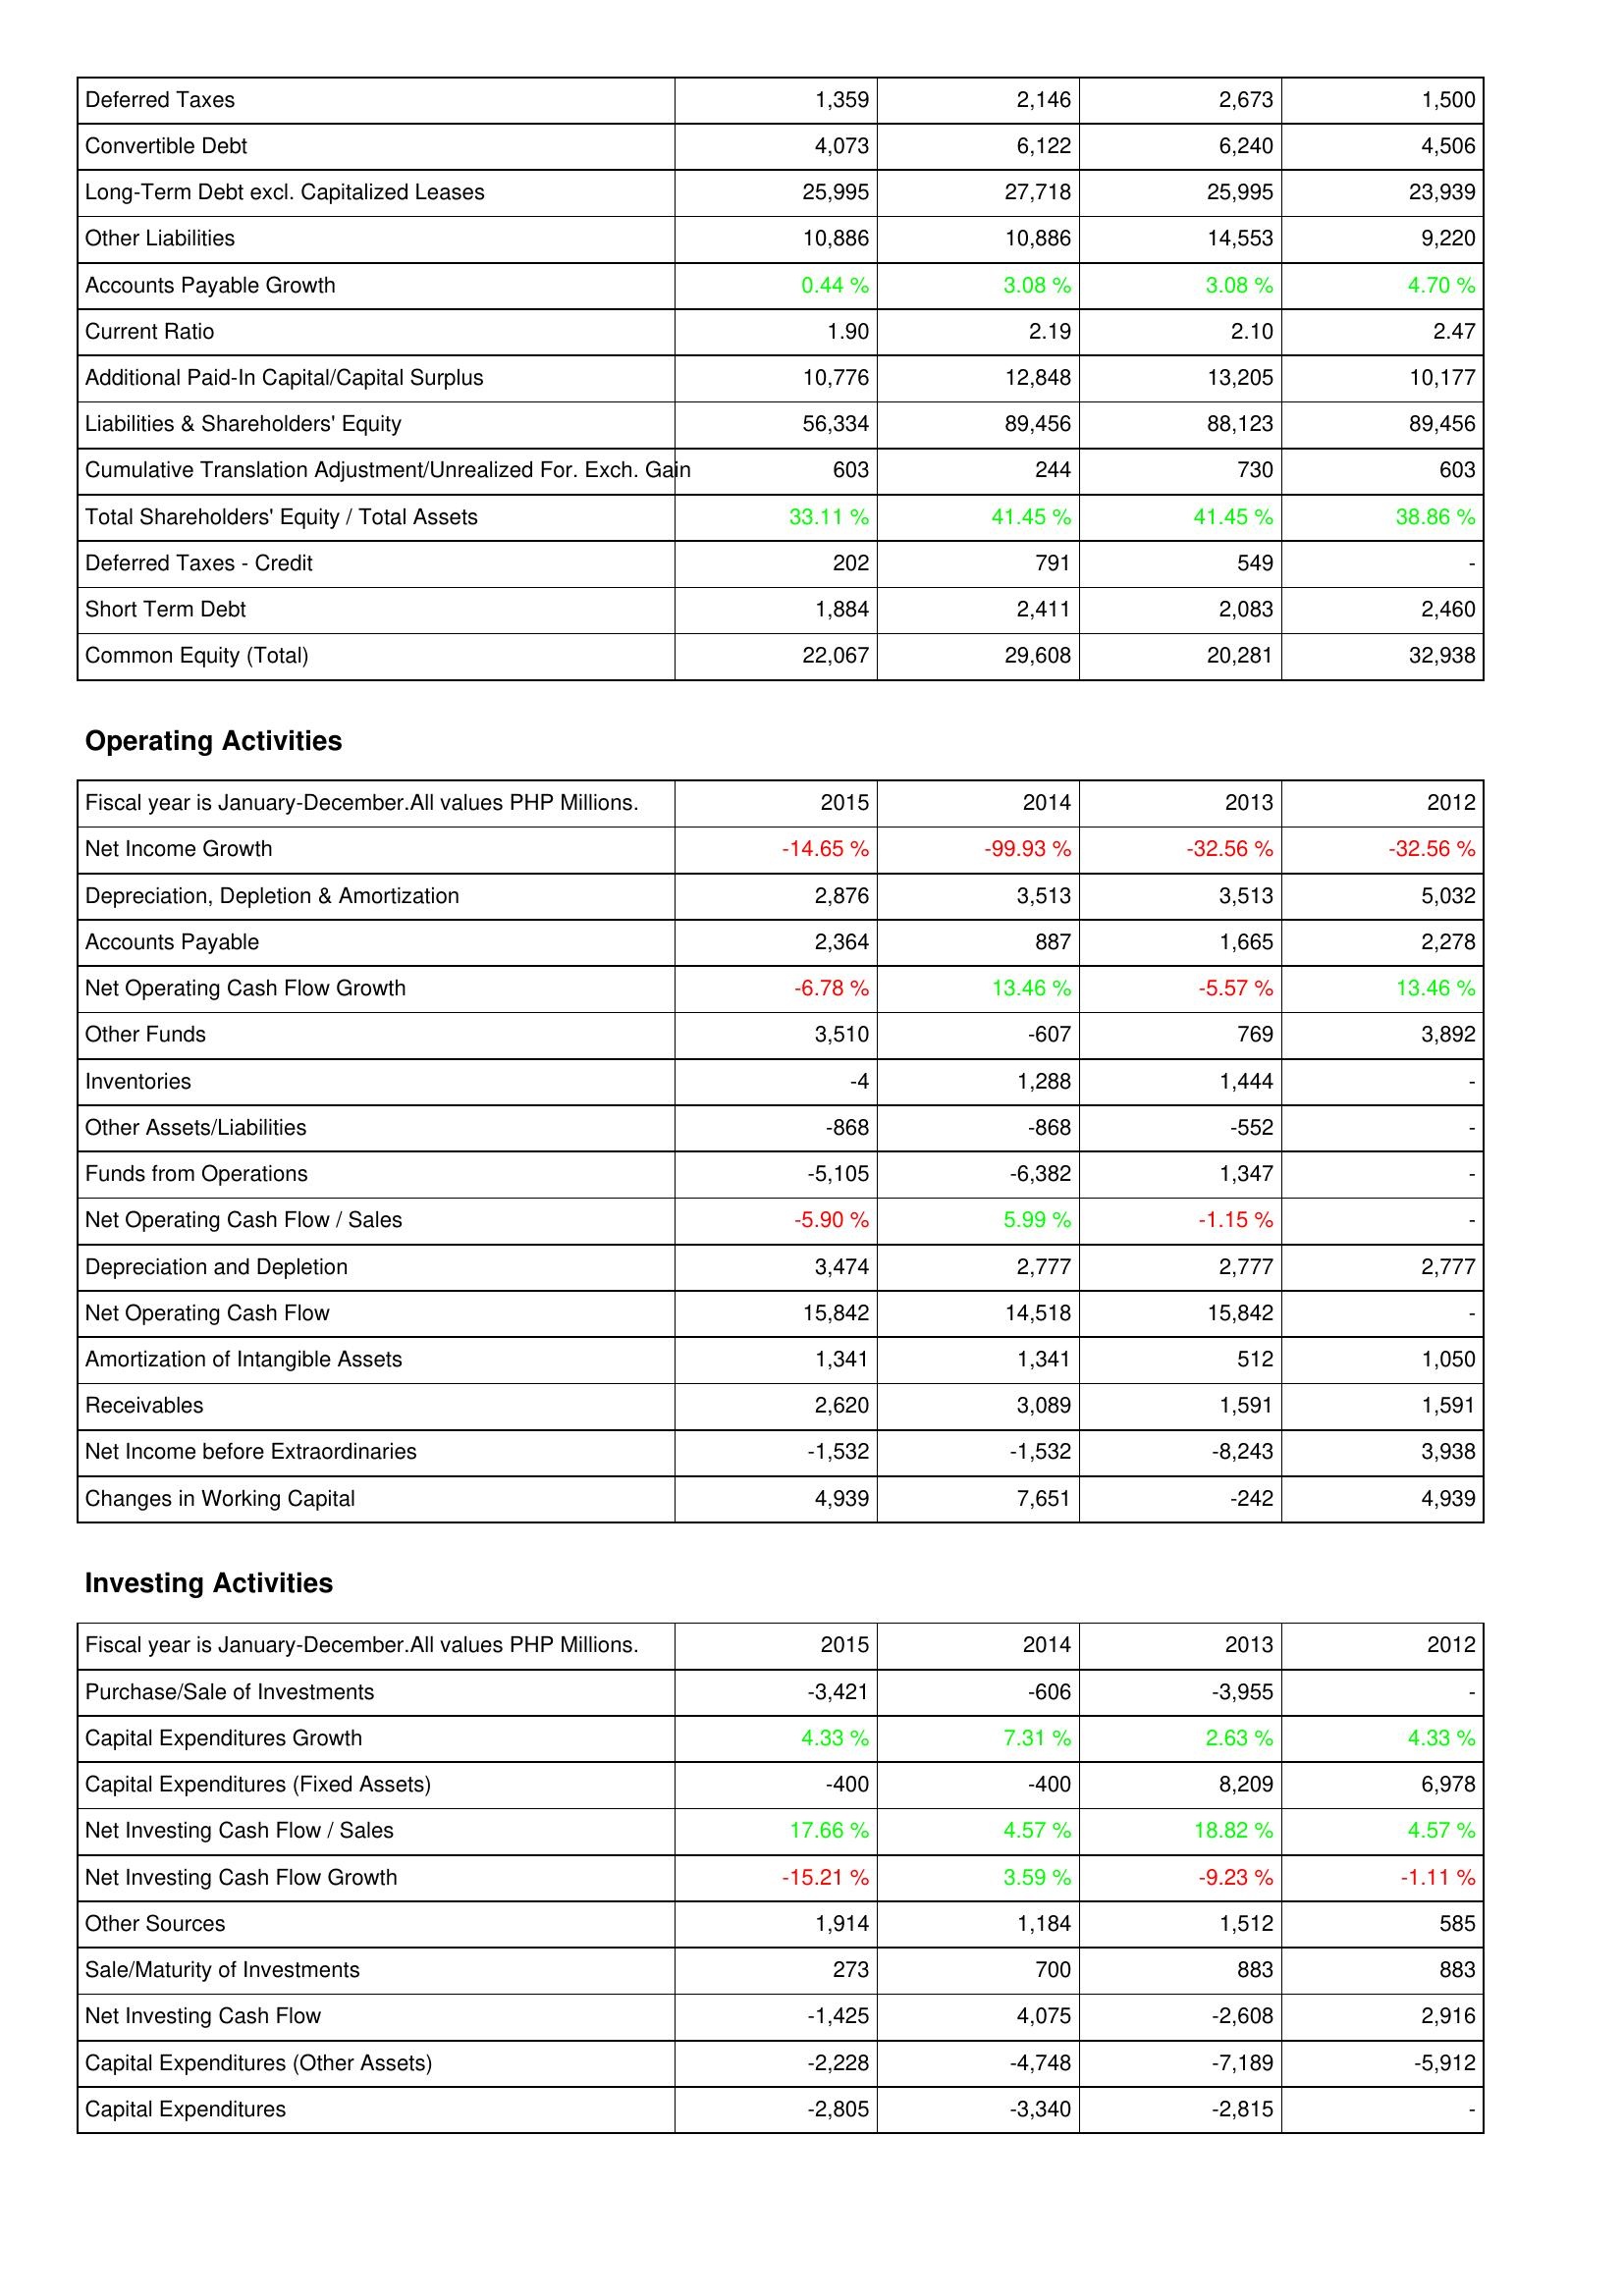
2015: Liabilities & Shareholders' Equity: Deferred Taxes: 1,359
Convertible Debt: 4,073
Long-Term Debt excl. Capitalized Leases: 25,995
Other Liabilities: 10,886
Accounts Payable Growth: 0.44 %
Current Ratio: 1.90
Additional Paid-In Capital/Capital Surplus: 10,776
Liabilities & Shareholders' Equity: 56,334
Cumulative Translation Adjustment/Unrealized For. Exch. Gain: 603
Total Shareholders' Equity / Total Assets: 33.11 %
Deferred Taxes - Credit: 202
Short Term Debt: 1,884
Common Equity (Total): 22,067
Operating Activities: Net Income Growth: -14.65 %
Depreciation, Depletion & Amortization: 2,876
Accounts Payable: 2,364
Net Operating Cash Flow Growth: -6.78 %
Other Funds: 3,510
Inventories: -4
Other Assets/Liabilities: -868
Funds from Operations: -5,105
Net Operating Cash Flow / Sales: -5.90 %
Depreciation and Depletion: 3,474
Net Operating Cash Flow: 15,842
Amortization of Intangible Assets: 1,341
Receivables: 2,620
Net Income before Extraordinaries: -1,532
Changes in Working Capital: 4,939
Investing Activities: Purchase/Sale of Investments: -3,421
Capital Expenditures Growth: 4.33 %
Capital Expenditures (Fixed Assets): -400
Net Investing Cash Flow / Sales: 17.66 %
Net Investing Cash Flow Growth: -15.21 %
Other Sources: 1,914
Sale/Maturity of Investments: 273
Net Investing Cash Flow: -1,425
Capital Expenditures (Other Assets): -2,228
Capital Expenditures: -2,805
2014: Liabilities & Shareholders' Equity: Deferred Taxes: 2,146
Convertible Debt: 6,122
Long-Term Debt excl. Capitalized Leases: 27,718
Other Liabilities: 10,886
Accounts Payable Growth: 3.08 %
Current Ratio: 2.19
Additional Paid-In Capital/Capital Surplus: 12,848
Liabilities & Shareholders' Equity: 89,456
Cumulative Translation Adjustment/Unrealized For. Exch. Gain: 244
Total Shareholders' Equity / Total Assets: 41.45 %
Deferred Taxes - Credit: 791
Short Term Debt: 2,411
Common Equity (Total): 29,608
Operating Activities: Net Income Growth: -99.93 %
Depreciation, Depletion & Amortization: 3,513
Accounts Payable: 887
Net Operating Cash Flow Growth: 13.46 %
Other Funds: -607
Inventories: 1,288
Other Assets/Liabilities: -868
Funds from Operations: -6,382
Net Operating Cash Flow / Sales: 5.99 %
Depreciation and Depletion: 2,777
Net Operating Cash Flow: 14,518
Amortization of Intangible Assets: 1,341
Receivables: 3,089
Net Income before Extraordinaries: -1,532
Changes in Working Capital: 7,651
Investing Activities: Purchase/Sale of Investments: -606
Capital Expenditures Growth: 7.31 %
Capital Expenditures (Fixed Assets): -400
Net Investing Cash Flow / Sales: 4.57 %
Net Investing Cash Flow Growth: 3.59 %
Other Sources: 1,184
Sale/Maturity of Investments: 700
Net Investing Cash Flow: 4,075
Capital Expenditures (Other Assets): -4,748
Capital Expenditures: -3,340
2013: Liabilities & Shareholders' Equity: Deferred Taxes: 2,673
Convertible Debt: 6,240
Long-Term Debt excl. Capitalized Leases: 25,995
Other Liabilities: 14,553
Accounts Payable Growth: 3.08 %
Current Ratio: 2.10
Additional Paid-In Capital/Capital Surplus: 13,205
Liabilities & Shareholders' Equity: 88,123
Cumulative Translation Adjustment/Unrealized For. Exch. Gain: 730
Total Shareholders' Equity / Total Assets: 41.45 %
Deferred Taxes - Credit: 549
Short Term Debt: 2,083
Common Equity (Total): 20,281
Operating Activities: Net Income Growth: -32.56 %
Depreciation, Depletion & Amortization: 3,513
Accounts Payable: 1,665
Net Operating Cash Flow Growth: -5.57 %
Other Funds: 769
Inventories: 1,444
Other Assets/Liabilities: -552
Funds from Operations: 1,347
Net Operating Cash Flow / Sales: -1.15 %
Depreciation and Depletion: 2,777
Net Operating Cash Flow: 15,842
Amortization of Intangible Assets: 512
Receivables: 1,591
Net Income before Extraordinaries: -8,243
Changes in Working Capital: -242
Investing Activities: Purchase/Sale of Investments: -3,955
Capital Expenditures Growth: 2.63 %
Capital Expenditures (Fixed Assets): 8,209
Net Investing Cash Flow / Sales: 18.82 %
Net Investing Cash Flow Growth: -9.23 %
Other Sources: 1,512
Sale/Maturity of Investments: 883
Net Investing Cash Flow: -2,608
Capital Expenditures (Other Assets): -7,189
Capital Expenditures: -2,815
2012: Liabilities & Shareholders' Equity: Deferred Taxes: 1,500
Convertible Debt: 4,506
Long-Term Debt excl. Capitalized Leases: 23,939
Other Liabilities: 9,220
Accounts Payable Growth: 4.70 %
Current Ratio: 2.47
Additional Paid-In Capital/Capital Surplus: 10,177
Liabilities & Shareholders' Equity: 89,456
Cumulative Translation Adjustment/Unrealized For. Exch. Gain: 603
Total Shareholders' Equity / Total Assets: 38.86 %
Deferred Taxes - Credit: -
Short Term Debt: 2,460
Common Equity (Total): 32,938
Operating Activities: Net Income Growth: -32.56 %
Depreciation, Depletion & Amortization: 5,032
Accounts Payable: 2,278
Net Operating Cash Flow Growth: 13.46 %
Other Funds: 3,892
Inventories: -
Other Assets/Liabilities: -
Funds from Operations: -
Net Operating Cash Flow / Sales: -
Depreciation and Depletion: 2,777
Net Operating Cash Flow: -
Amortization of Intangible Assets: 1,050
Receivables: 1,591
Net Income before Extraordinaries: 3,938
Changes in Working Capital: 4,939
Investing Activities: Purchase/Sale of Investments: -
Capital Expenditures Growth: 4.33 %
Capital Expenditures (Fixed Assets): 6,978
Net Investing Cash Flow / Sales: 4.57 %
Net Investing Cash Flow Growth: -1.11 %
Other Sources: 585
Sale/Maturity of Investments: 883
Net Investing Cash Flow: 2,916
Capital Expenditures (Other Assets): -5,912
Capital Expenditures: -